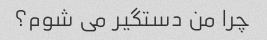
چرا من دستگیر می شوم؟